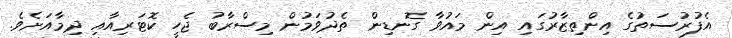
އެފުރުސަތުގެ އިންތިޒާރުގައި އިން މައުވާ ގޮނޑިން ތެދުވަމުން މިސްރާބު ޖެހީ ކޮޓަރިއާއި ދިމާއަށެވެ.